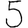
Digit: 5